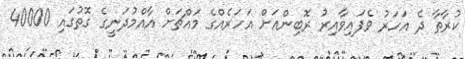
ކުރާތާ ދެ އަހަރު ވެފައިވާއިރު ރޮބިންއަށް އަހަރެއްގެ މައްޗަށް އާއްމުދަނީގެ ގޮތުގައި 40000